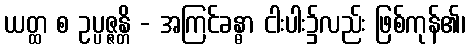
ယတ္ထ စ ဥပ္ပဇ္ဇန္တိ - အကြင်ခန္ဓာ ငါးပါး၌လည်း ဖြစ်ကုန်၏၊